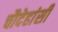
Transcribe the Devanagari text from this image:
चौदेहांसी